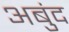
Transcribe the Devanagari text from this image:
अबुंद